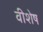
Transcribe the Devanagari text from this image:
वीशेष